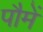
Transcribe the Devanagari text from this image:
पौमें